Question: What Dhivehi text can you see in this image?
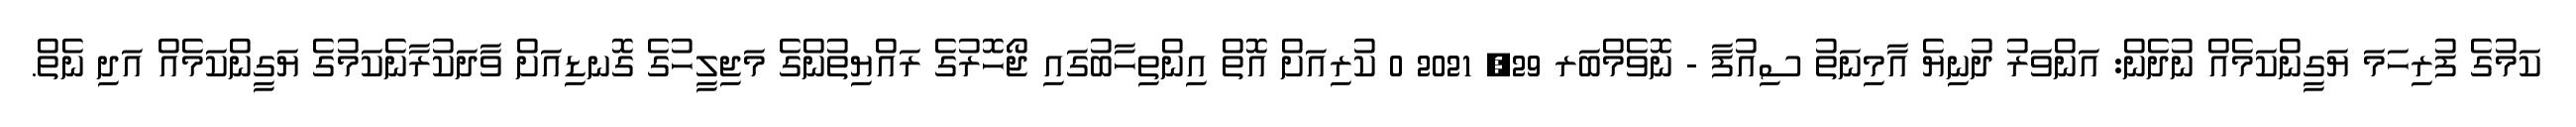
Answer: ކަމުގެ ފުރިހަމަ ޔަގީންކަމެއް ނުދެން: އަންވަރު ދުނިޔެ އާމިނަތު ސިއުފާ - ނޮވެމްބަރ 29, 2021 0 ކުރިއަށް އޮތް އިންތިހާބުގައި ޖޯހޮރުގެ ރައްޔިތުންގެ މަޖިލީހުގެ ގޮނޑިއަށް ވާދަކުރާނެކަމުގެ ޔަގީންކަމެއް އަދި ނެތް.